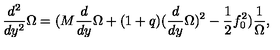
\frac { d ^ { 2 } } { d y ^ { 2 } } \Omega = ( M \frac { d } { d y } \Omega + ( 1 + q ) ( \frac { d } { d y } \Omega ) ^ { 2 } - \frac { 1 } { 2 } f _ { 0 } ^ { 2 } ) \frac { 1 } { \Omega } ,